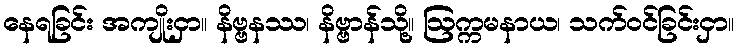
နေရခြင်း အကျိုးငှာ။ နိဗ္ဗနဿ၊ နိဗ္ဗာန်သို့။ ဩက္ကမနာယ၊ သက်ဝင်ခြင်းငှာ။